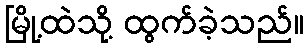
မြို့ထဲသို့ ထွက်ခဲ့သည်။